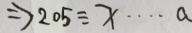
\Rightarrow 2 0 5 \div x \cdots a